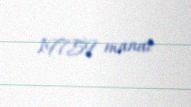
19759 manat